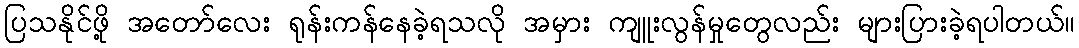
ပြသနိုင်ဖို့ အတော်လေး ရုန်းကန်နေခဲ့ရသလို အမှား ကျူးလွန်မှုတွေလည်း များပြားခဲ့ရပါတယ်။